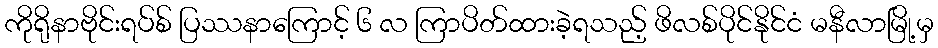
ကိုရိုနာဗိုင်းရပ်စ် ပြဿနာကြောင့် ၆ လ ကြာပိတ်ထားခဲ့ရသည့် ဖိလစ်ပိုင်နိုင်ငံ မနီလာမြို့မှ